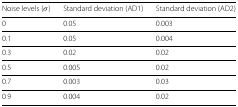
<table><thead><tr><td><b>Noise levels (<i>σ</i>)</b></td><td><b>Standard deviation (AD1)</b></td><td><b>Standard deviation (AD2)</b></td></tr></thead><tbody><tr><td>0</td><td>0.05</td><td>0.003</td></tr><tr><td>0.1</td><td>0.05</td><td>0.004</td></tr><tr><td>0.3</td><td>0.02</td><td>0.02</td></tr><tr><td>0.5</td><td>0.005</td><td>0.02</td></tr><tr><td>0.7</td><td>0.003</td><td>0.03</td></tr><tr><td>0.9</td><td>0.004</td><td>0.02</td></tr></tbody></table>